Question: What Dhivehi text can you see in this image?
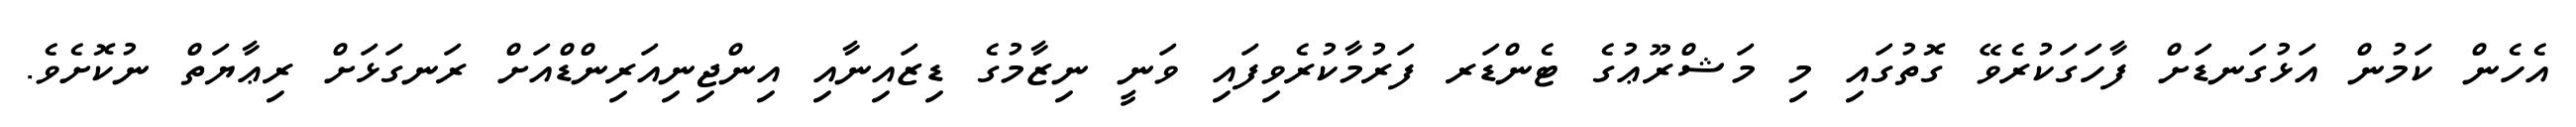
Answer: އެހެން ކަމުން އަޅުގަނޑަށް ފާހަގަކުރެވޭ ގޮތުގައި މި މަޝްރޫޢުގެ ޓެންޑަރ ފަރުމާކުރެވިފައި ވަނީ ނިޒާމުގެ ޑިޒައިނާއި އިންޖިނިއަރިންޑްއަށް ރަނގަޅަށް ރިޢާޔަތް ނުކޮށެވެ.